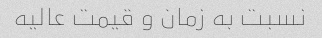
نسبت به زمان و قیمت عالیه